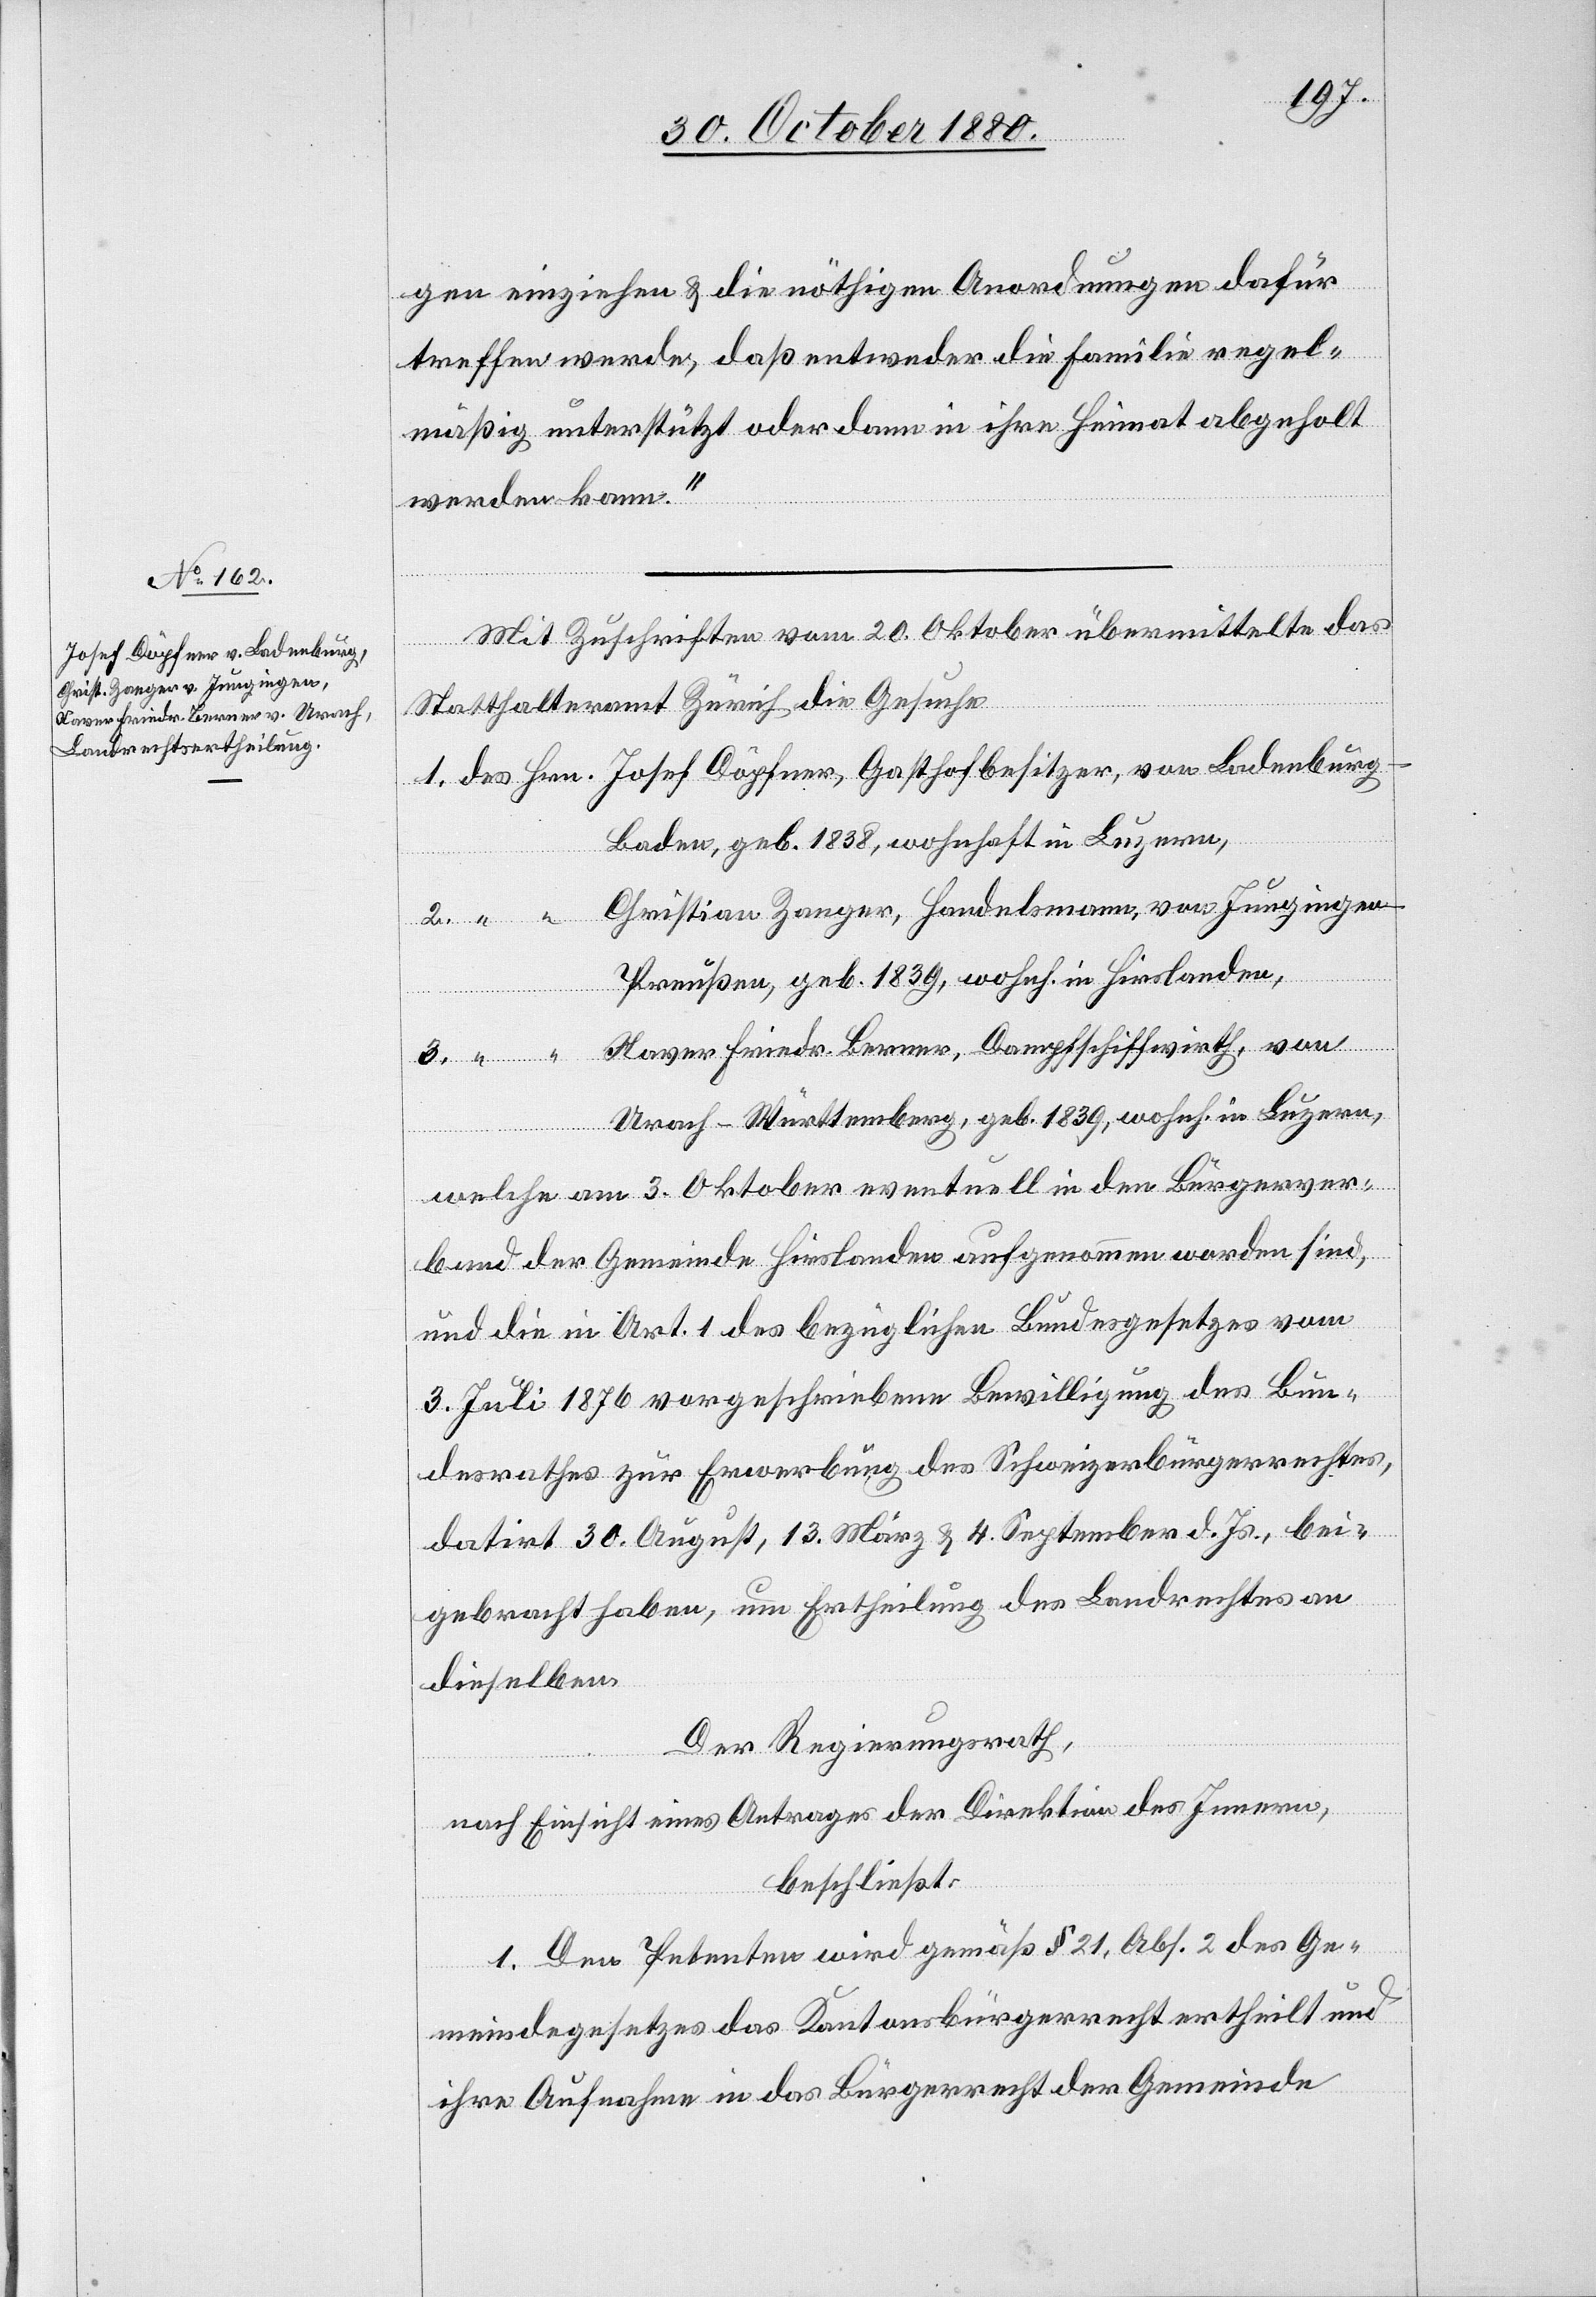
gen einziehen & die nöthigen Anordnungen dafür
treffen werde, daß entweder die Familie regel¬
mäßig unterstützt oder dann in ihre Heimat abgeholt
werden kann.“
Mit Zuschriften vom 20. Oktober übermittelte das
Statthalteramt Zürich die Gesuche
Baden, geb. 1838, wohnhaft in Luzern,
Christian Zanger, Handelsmann, von Jungingen
Preußen, geb. 1839, wohnh. in Hirslanden,
3.
Xaver Friedr. Berner, Dampfschiffwirth, von
Urach – Württemberg, geb. 1839, wohnh. in Luzern,
welche am 3. Oktober eventuell in den Bürgerver¬
band der Gemeinde Hirslanden aufgenommen worden sind,
und die in Art. 1 des bezüglichen Bundesgesetzes vom
3. Juli 1876 vorgeschriebene Bewilligung des Bun¬
desrathes zur Erwerbung des Schweizerbürgerrechtes,
datirt 30. August, 13. März & 4. September d. Js., bei¬
gebracht haben, um Ertheilung des Landrechtes an
dieselben.
Der Regierungsrath,
nach Einsicht eines Antrages der Direktion des Innern,
beschließt:
1. Den Petenten wird gemäß § 21, Abs. 2 des Ge¬
meindegesetzes das Kantonsbürgerrecht ertheilt und
ihre Aufnahme in das Bürgerrecht der Gemeinde